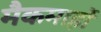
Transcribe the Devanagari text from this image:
मैकमाहों